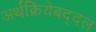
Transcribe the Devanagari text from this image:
अर्थक्रियेबद्दल